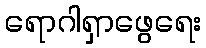
ရောဂါရှာဖွေရေး